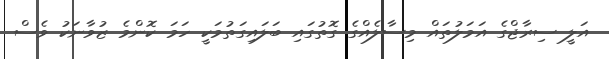
އަލީ ސިރާޖްގެ އަމަލުތައް މިސާލެއްގެ ގޮތުގައި ބަލައިގަތުމަކީ ހަމަ ކޮންމެ ޒުވާނަކު ވެސް